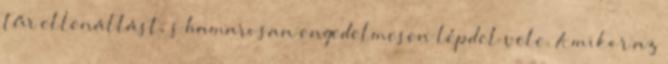
tűr ellenállást, s hamarosan engedelmesen lépdel vele. Amikor az